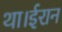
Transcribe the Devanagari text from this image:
था।ईरान